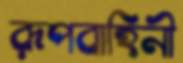
রূপবাহিনী